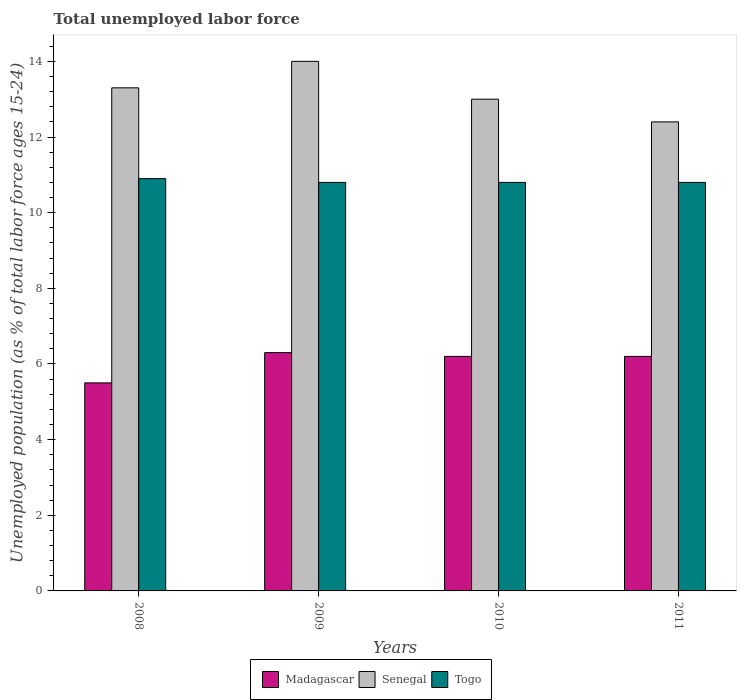
| Years | Madagascar | Senegal | Togo |
 | --- | --- | --- | --- |
 | 2008 | 5.5 | 13.3 | 10.9 |
 | 2009 | 6.3 | 14 | 10.8 |
 | 2010 | 6.2 | 13 | 10.8 |
 | 2011 | 6.2 | 12.4 | 10.8 |